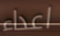
اعداء